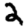
Digit: 2